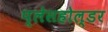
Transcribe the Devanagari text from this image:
प्लेसहोल्डर